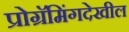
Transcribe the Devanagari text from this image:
प्रोग्रॅमिंगदेखील